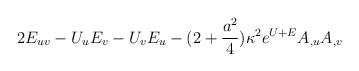
LaTeX: \begin{align*}2E_{uv}-U_{u}E_{v}-U_{v}E_{u}-(2+{a^{2}\over 4})\kappa^{2} e^{U+E} A_{,u}A_{,v} \end{align*}